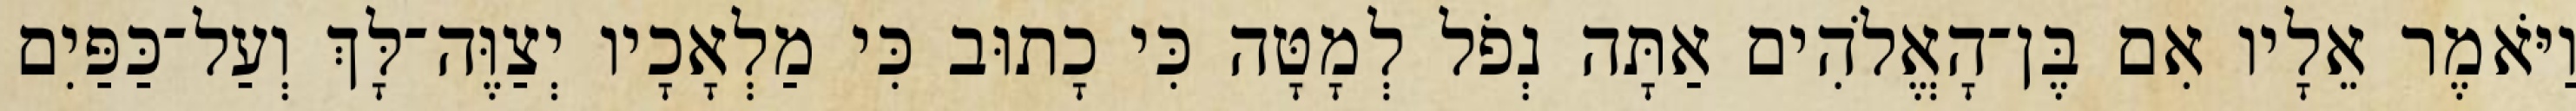
וַיֹּאמֶר אֵלָיו אִם בֶּן־הָאֱלֹהִים אַתָּה נְפֹל לְמָטָּה כִּי כָתוּב כִּי מַלְאָכָיו יְצַוֶּה־לָּךְ וְעַל־כַּפַּיִם